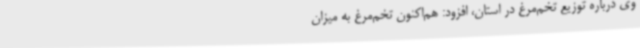
وی درباره توزیع تخم‌مرغ در استان، افزود: هم‌اکنون تخم‌مرغ به میزان